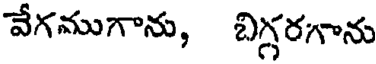
వేగముగాను, బిగ్గరగాను